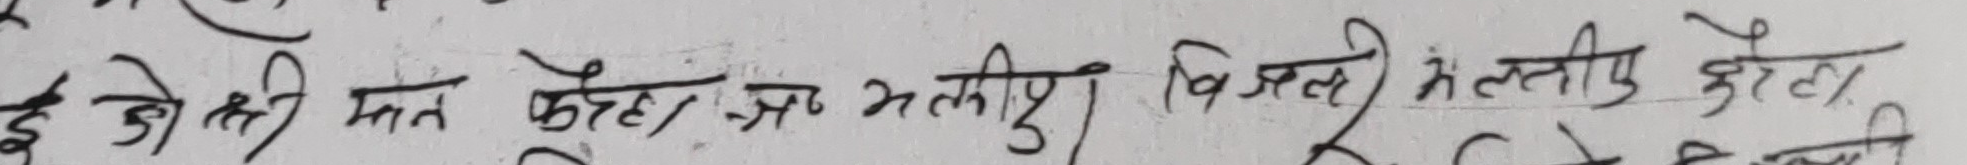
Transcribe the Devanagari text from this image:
इ जोशी मन क्रेटा भलही विजलै मंतलियै क्रेटा